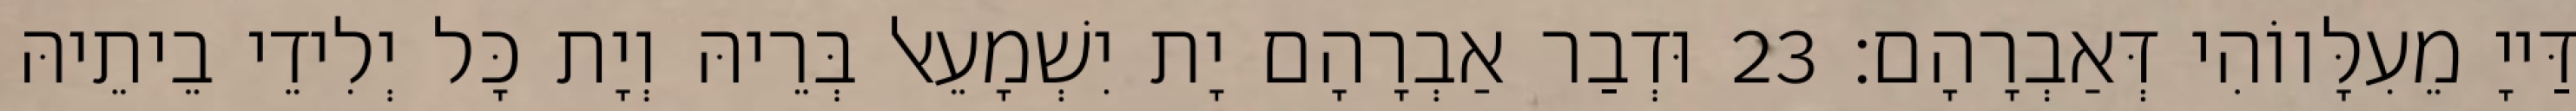
דַּייָ מֵעִלָּווֹהִי דְּאַבְרָהָם׃ 23 וּדְבַר אַבְרָהָם יָת יִשְׁמָעֵאל בְּרֵיהּ וְיָת כָּל יְלִידֵי בֵיתֵיהּ